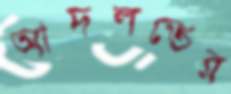
আদলতের